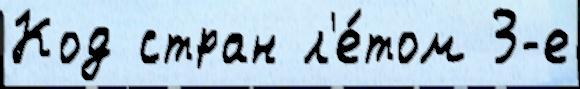
Код стран л'е́том 3-е